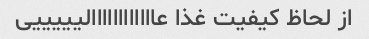
از لحاظ کیفیت غذا عاااااااااااالیییییی